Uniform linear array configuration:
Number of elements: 4
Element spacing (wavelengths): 1
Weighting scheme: blackman
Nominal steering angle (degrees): -45
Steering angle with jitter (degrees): -43.231
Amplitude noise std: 0.05
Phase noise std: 0.05

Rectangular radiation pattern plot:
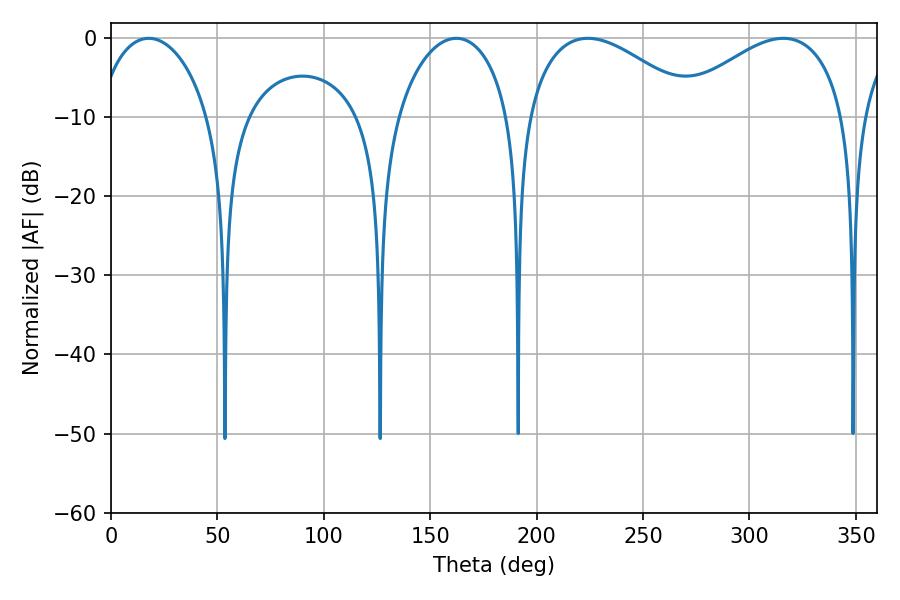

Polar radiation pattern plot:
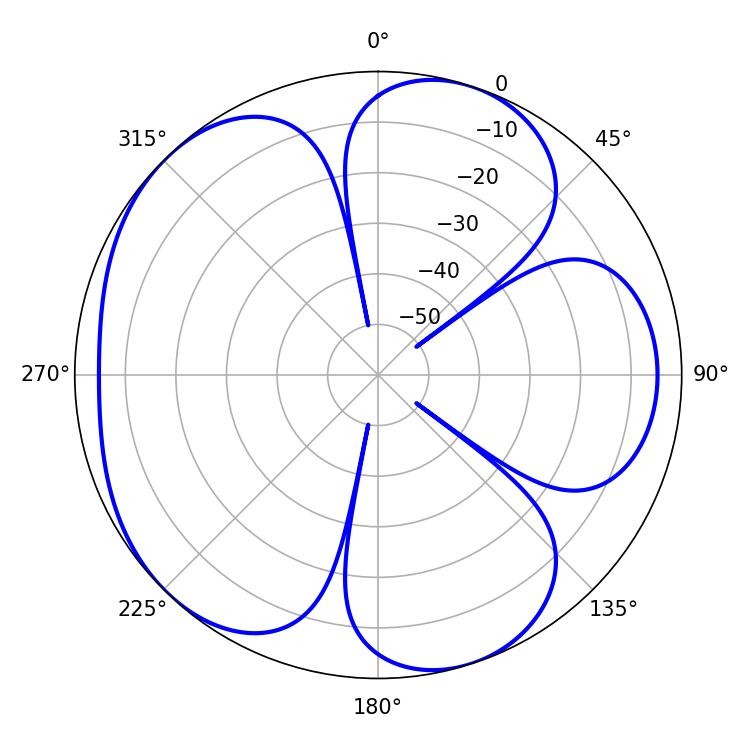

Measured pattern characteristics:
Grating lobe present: TRUE
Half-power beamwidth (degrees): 44.28
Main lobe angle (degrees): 224.1